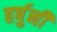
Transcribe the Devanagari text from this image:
हर्षुनी